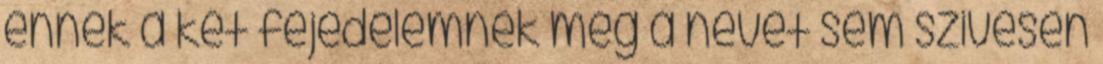
ennek a két fejedelemnek még a nevét sem szivesen